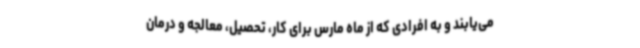
می‌یابند و به افرادی که از ماه مارس برای کار، تحصیل، معالجه و درمان